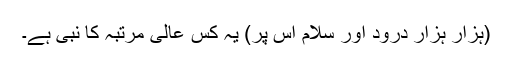
(ہزار ہزار درود اور سلام اُس پر) یہ کس عالی مرتبہ کا نبی ہے۔